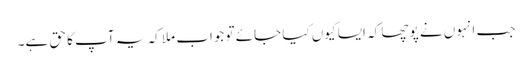
جب انہوں نے پوچھا کہ ایسا کیوں کیا جائے تو جواب ملا کہ یہ آپ کا حق ہے۔